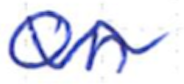
Text: on
Cross-out: wave
Writing tool: ballpoint